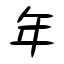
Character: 年